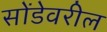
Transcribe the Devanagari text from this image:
सोंडेवरील